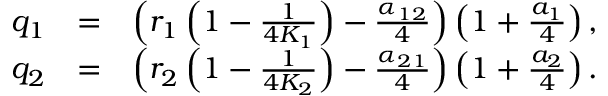
\begin{array} { r l r } { q _ { 1 } } & { = } & { \left( r _ { 1 } \left( 1 - \frac { 1 } { 4 K _ { 1 } } \right) - \frac { \alpha _ { 1 2 } } { 4 } \right) \left( 1 + \frac { a _ { 1 } } { 4 } \right) , } \\ { q _ { 2 } } & { = } & { \left( r _ { 2 } \left( 1 - \frac { 1 } { 4 K _ { 2 } } \right) - \frac { \alpha _ { 2 1 } } { 4 } \right) \left( 1 + \frac { a _ { 2 } } { 4 } \right) . } \end{array}